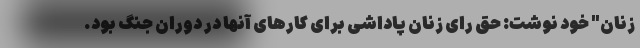
زنان" خود نوشت: حق رای زنان پاداشی برای کارهای آنها در دوران جنگ بود.